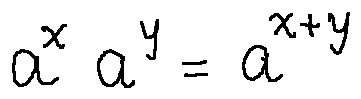
a ^ { x } a ^ { y } = a ^ { x + y }